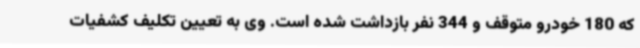
که 180 خودرو متوقف و 344 نفر بازداشت شده است. وی به تعیین تکلیف کشفیات